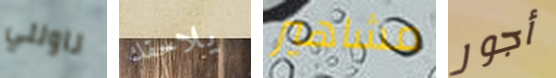
ناولني يلاحقك مشاهير أجور